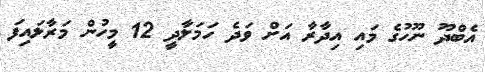
އެބްދޫ ނޫހުގެ މައި އިދާރާ އަށް ވަދެ ހަމަލާދީ 12 މީހުން މަރާލައިފަ